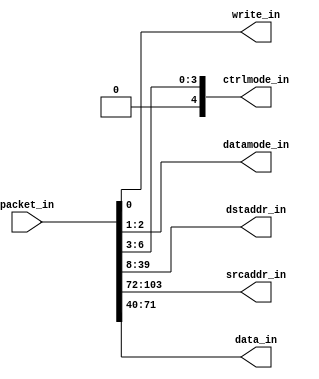
module packet2emesh #(parameter AW = 32,   // address width 
		      parameter PW = 104)  // packet width
   (
    //Input packet
    input [PW-1:0]  packet_in,
    //Emesh signal bundle 
    output 	    write_in,   // write signal
    output [1:0]    datamode_in,// datasize
    output [4:0]    ctrlmode_in,// ctrlmode
    output [AW-1:0] dstaddr_in, // read/write address
    output [AW-1:0] srcaddr_in, // return address for reads
    output [AW-1:0] data_in // data
    );
      
   // ---- FORMAT -----
   //
   // [0]  =write bit
   // [2:1]=datamode
   // [7:3]=ctrlmode
   // [39:8]=dstaddr(lo)
   //
   // ---- 32-BIT ADDRESS ----
   // [71:40]   data (lo)   | xxxx
   // [103:72]  srcaddr(lo) | data (hi)
   //
   // ---- 64-BIT ADDRESS ----
   // [71:40]   D0 | srcaddr(hi)
   // [103:72]  D1 | srcaddr(lo)
   // [135:104] dstaddr(hi)
   
   generate
      if(PW==104)
	begin : p104
	   assign write_in           = packet_in[0];   
	   assign datamode_in[1:0]   = packet_in[2:1];   
	   assign ctrlmode_in[4:0]   = {1'b0,packet_in[6:3]};   
	   assign dstaddr_in[31:0]   = packet_in[39:8]; 	 
	   assign srcaddr_in[31:0]   = packet_in[103:72];  
	   assign data_in[31:0]      = packet_in[71:40]; 
	end
      else if(PW==136)
	begin : p136
	   assign write_in           = packet_in[0];
	   assign datamode_in[1:0]   = packet_in[2:1];  
	   assign ctrlmode_in[4:0]   = packet_in[7:3];
	   assign dstaddr_in[63:0]   = {packet_in[135:104],packet_in[39:8]}; 
	   assign srcaddr_in[63:0]   = {packet_in[71:40],packet_in[135:72]};
	   assign data_in[63:0]      = packet_in[103:40];
	end
      else if(PW==72)
	begin : p72
	   assign write_in           = packet_in[0];
	   assign datamode_in[1:0]   = packet_in[2:1];  
	   assign ctrlmode_in[4:0]   = packet_in[7:3];
	   assign dstaddr_in[31:0]   = packet_in[39:8]; 
	   assign data_in[31:0]      = packet_in[71:40];
	end
      else if(PW==40)
	begin : p40
	   assign write_in           = packet_in[0];
	   assign datamode_in[1:0]   = packet_in[2:1];  
	   assign ctrlmode_in[4:0]   = packet_in[7:3];
	   assign dstaddr_in[15:0]   = packet_in[23:8]; 
	   assign data_in[15:0]      = packet_in[39:24];
	end
      else
	begin : unknown
`ifdef TARGET_SIM
	   initial
	     $display ("packet width=%ds not supported",  PW);
`endif
	end
   endgenerate
   
endmodule